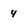
Character: 4